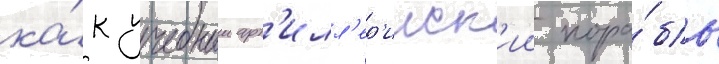
ка́к учебныи арт'илл'ер'ииск'ии кора́бль